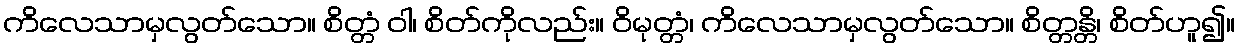
ကိလေသာမှလွတ်သော။ စိတ္တံ ဝါ၊ စိတ်ကိုလည်း။ ဝိမုတ္တံ၊ ကိလေသာမှလွတ်သော။ စိတ္တန္တိ၊ စိတ်ဟူ၍။